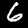
Label: 6